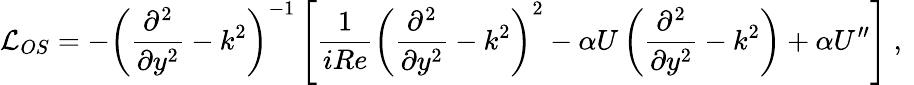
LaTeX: \mathcal{L}_{OS}=-\left(\frac{\partial^{2}}{\partial y^{2}}-k^{2}\right)^{-1}\left[\frac{1}{iRe}\left(\frac{\partial^{2}}{\partial y^{2}}-k^{2}\right)^{2}-\alpha U\left(\frac{\partial^{2}}{\partial y^{2}}-k^{2}\right)+\alpha U^{\prime\prime}\right]\mathrm{~,~}